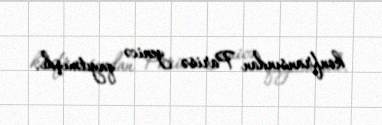
konfransından Parisə yenicə qayıtmışdı.